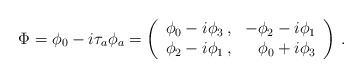
\begin{align*}\Phi = \phi_0 - i \tau_a \phi_a = \left( \begin{array}{rr} \phi_0-i\phi_3 \,, & -\phi_2-i\phi_1 \cr \phi_2-i\phi_1 \,, & \phi_0+i\phi_3 \cr \end{array} \right) \,.\end{align*}